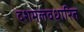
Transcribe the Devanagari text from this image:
दशमलवधारित